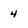
Character: 4